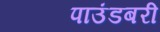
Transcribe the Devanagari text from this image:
पाउंडबरी